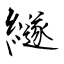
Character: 繸